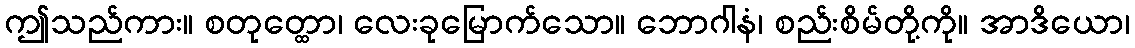
ဤသည်ကား။ စတုတ္ထော၊ လေးခုမြောက်သော။ ဘောဂါနံ၊ စည်းစိမ်တို့ကို။ အာဒိယော၊